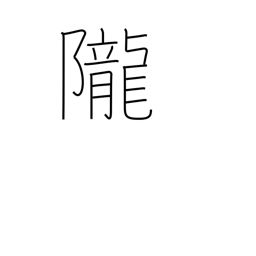
Meaning: hill